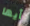
أيها